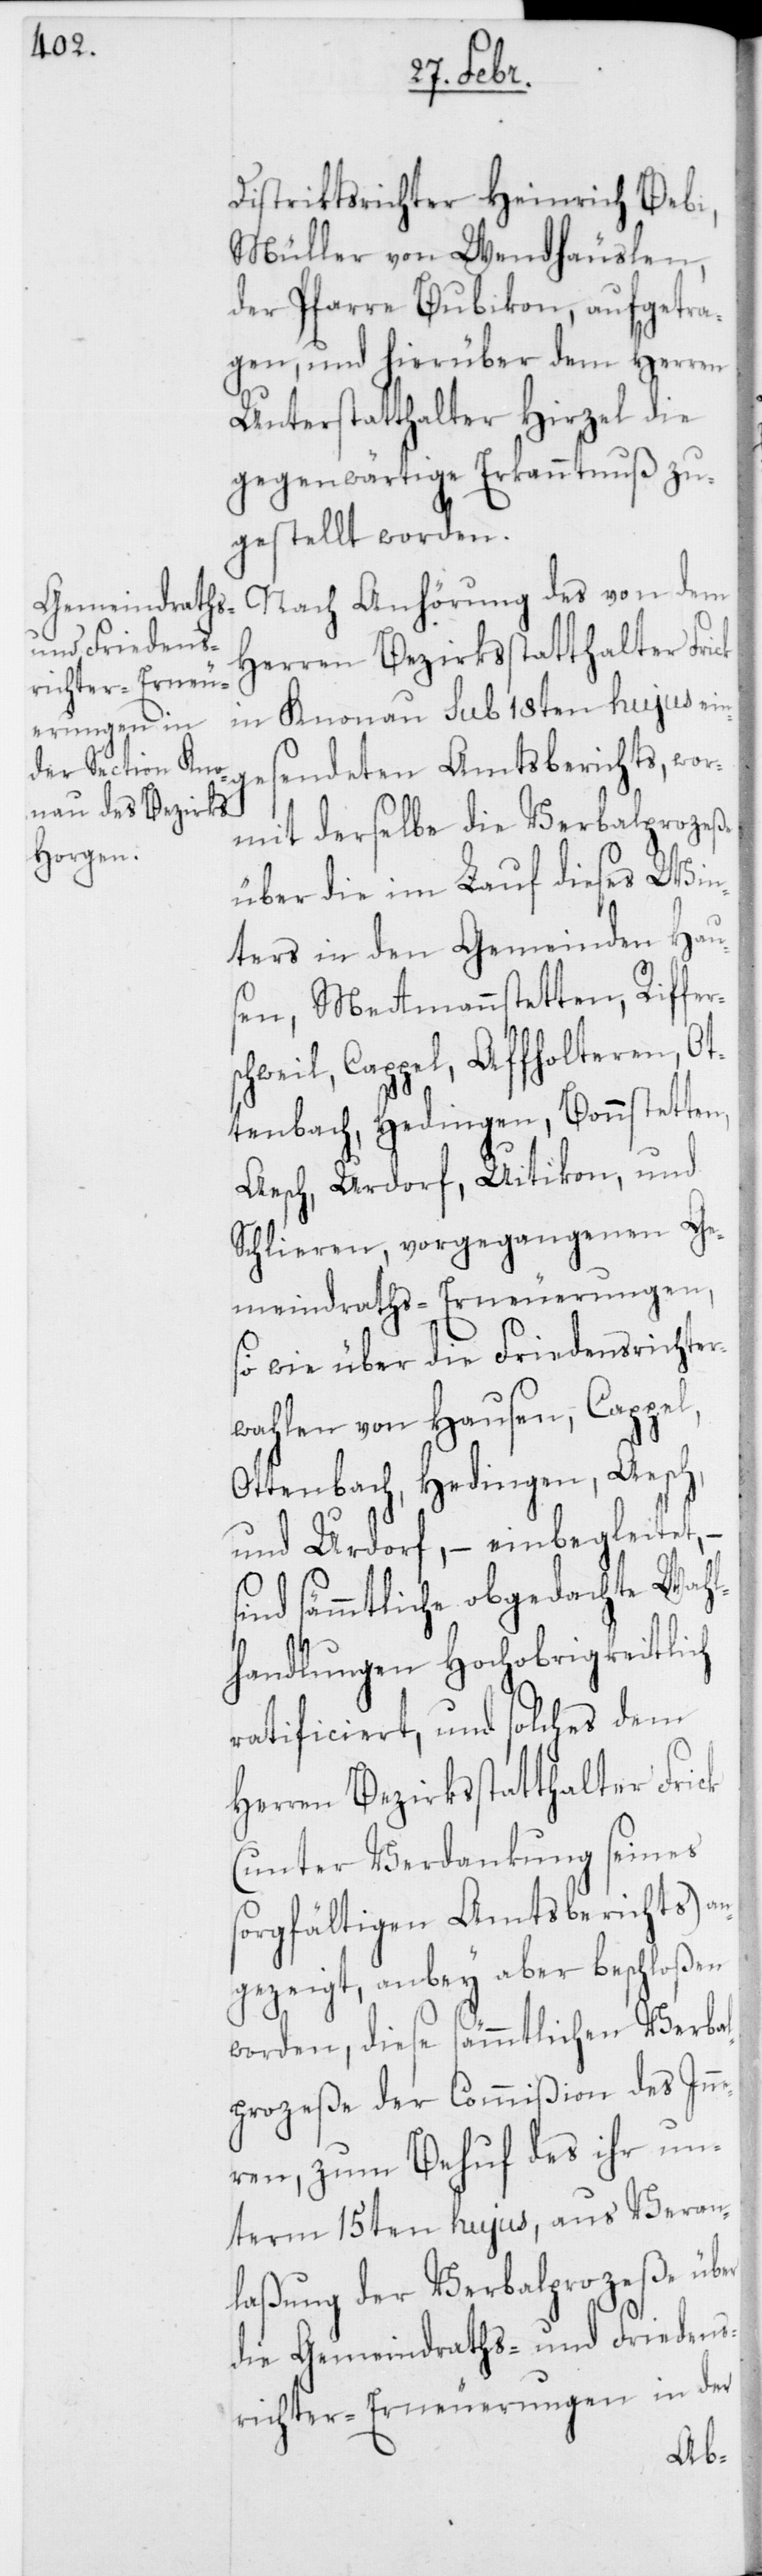
Distriktsrichter Heinrich Bebi,
Müller von Wendhäuslen,
der Pfarre Bubikon, aufgetra¬
gen, und hierüber dem Herren
Unterstatthalter Hirzel die
gegenwärtige Erkanntnuß zu¬
gestellt worden.
Nach Anhörung des von dem
Herren Bezirksstatthalter Frick
in Knonau sub 18ten hujus ein¬
gesendeten Amtsberichts, wor¬
mit derselbe die Verbalprozeße
über die im Lauf dieses Win¬
ters in den Gemeinden Hau¬
sen, Mettmannstetten, Riffer¬
schweil, Cappel, Affholtern, Ot¬
tenbach, Hedingen, Bonnstetten,
Aesch, Urdorf, Uitikon und
Schlieren, vorgegangenen Ge¬
meindraths-Erneuerungen,
so wie über die Friedensrichter¬
wahlen von Hausen, Cappel,
Ottenbach, Hedingen, Aesch,
und Urdorf, – einbegleitet,
sind sämmtliche obgedachten Wahl¬
handlungen Hochobrigkeitlich
ratificiert, und solches dem
(unter Verdankung seines
sorgfältigen Amtsberichts) an¬
gezeigt, anbey aber beschloßen
worden, diese sämmtlichen Verba¬
lprozeße der Commißion des Inn¬
eren, zum Behuf des ihr un¬
term 15ten hujus, aus Veran¬
laßung der Verbalprozeße über
die Gemeindraths- und Friedens¬
richter-Erneuerungen in der